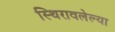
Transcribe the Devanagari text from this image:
स्थिरावलेल्या